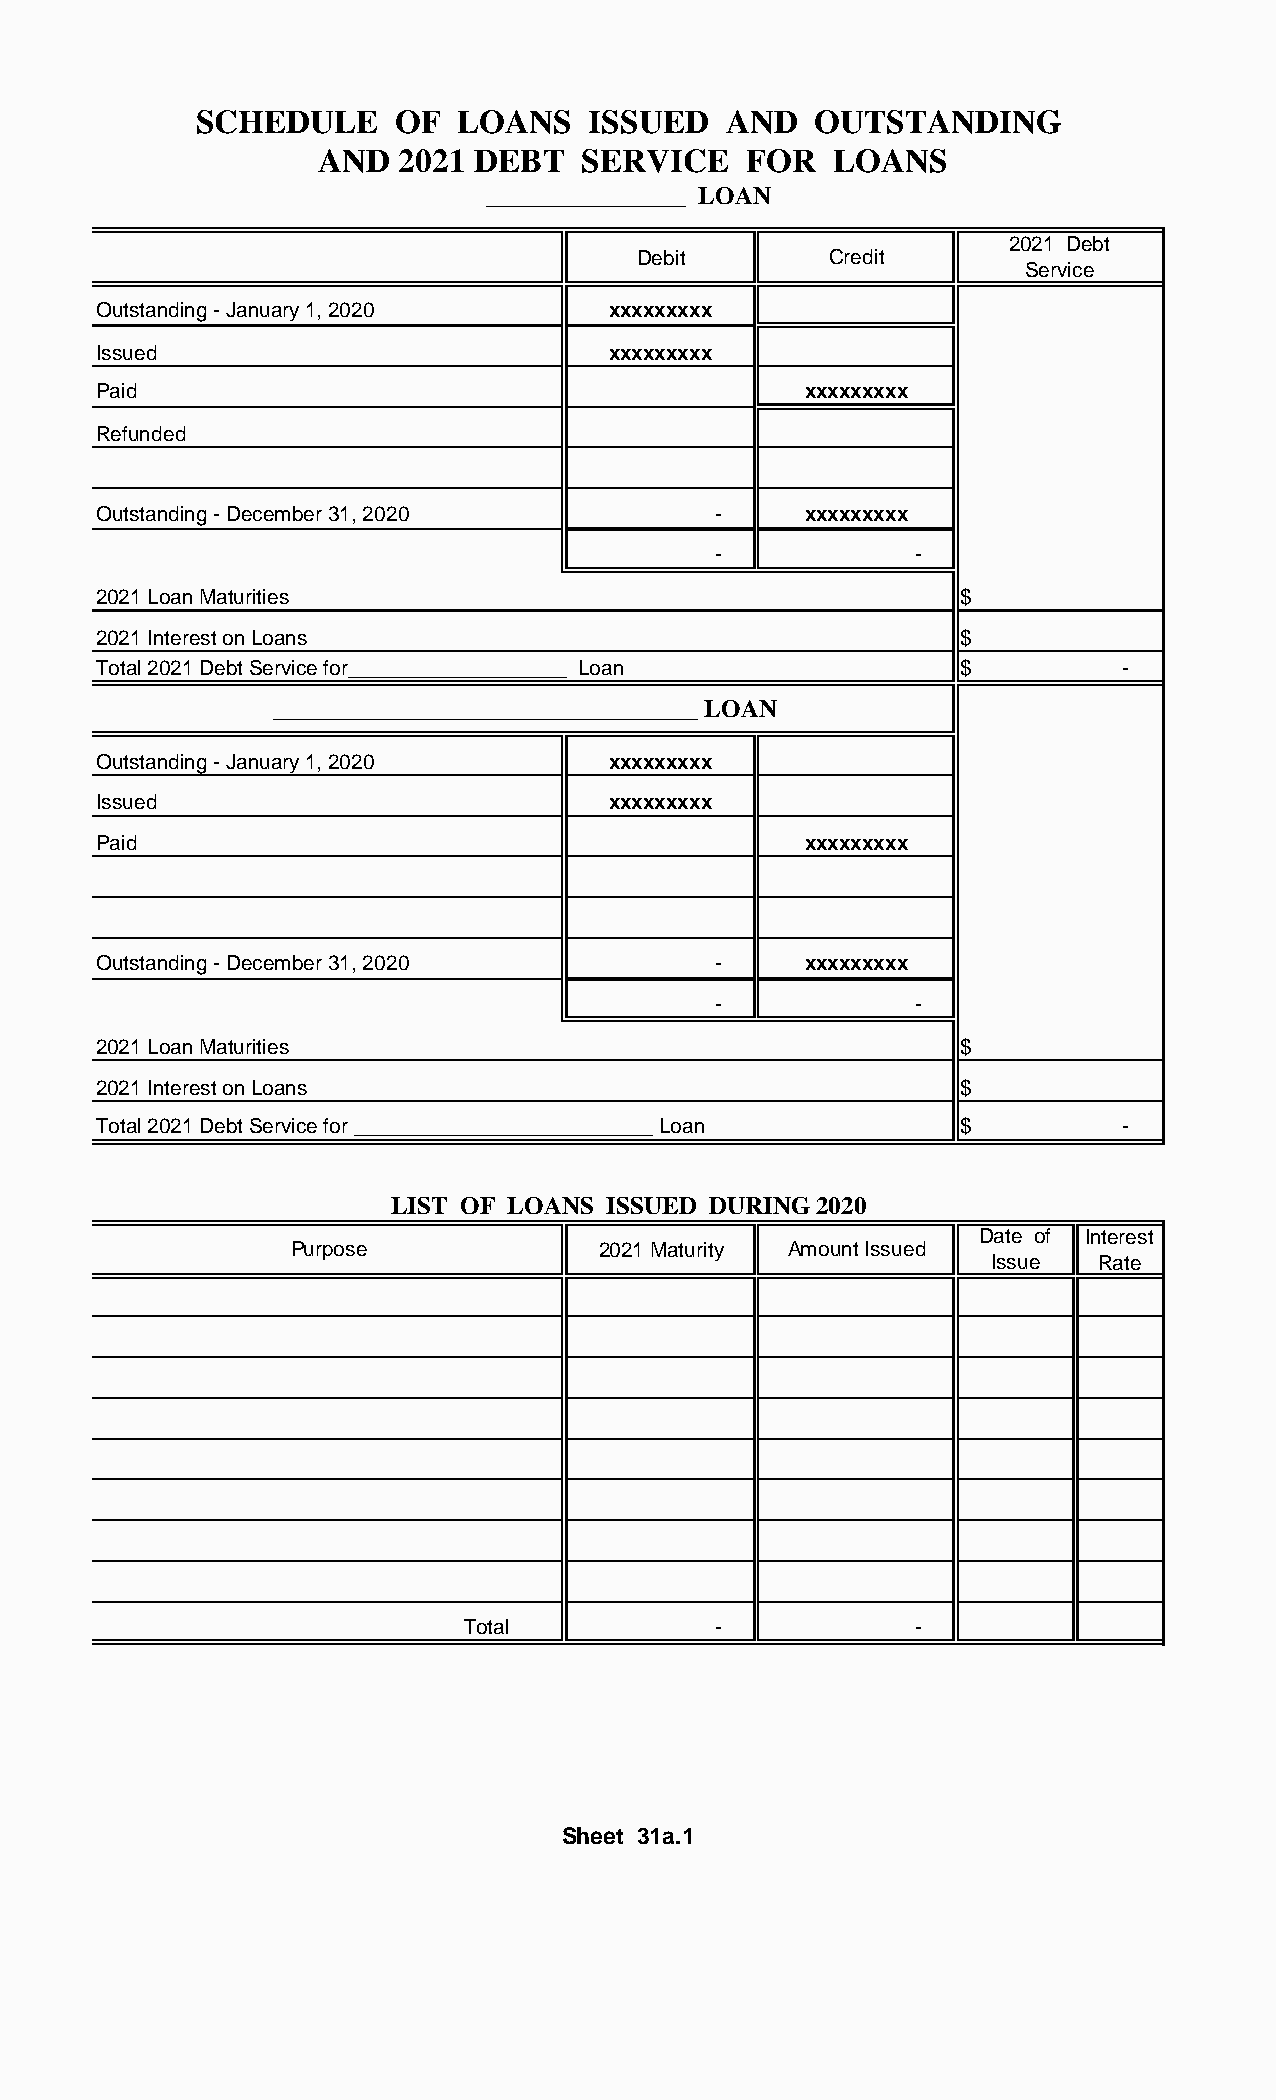
SCHEDULE     OF  LOANS    ISSUED   AND   OUTSTANDING
 AND  2021 DEBT   SERVICE    FOR   LOANS
 ________________ LOAN
 2021 Debt
 Debit        Credit
 Service
 Outstanding - January 1, 2020     xxxxxxxxx
 Issued                            xxxxxxxxx
 Paid                                           xxxxxxxxx
 Refunded
 Outstanding - December 31, 2020          -     xxxxxxxxx
 -            -
 2021 Loan Maturities                                     $
 2021 Interest on Loans                                   $
 Total 2021 Debt Service for___________________ Loan      $          -
 __________________________________ LOAN
 Outstanding - January 1, 2020     xxxxxxxxx
 Issued                            xxxxxxxxx
 Paid                                           xxxxxxxxx
 Outstanding - December 31, 2020          -     xxxxxxxxx
 -            -
 2021 Loan Maturities                                     $
 2021 Interest on Loans                                   $
 Total 2021 Debt Service for __________________________ Loan $       -
 LIST OF LOANS  ISSUED DURING 2020
 Date of Interest
 Purpose             2021 Maturity Amount Issued
 Issue  Rate
 Total            -            -
 Sheet 31a.1